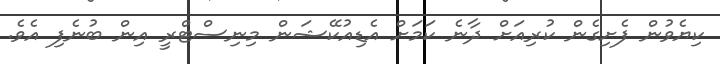
ކިޔެވުން ފެށިގެން ކުރިއަށް ދާނެ ކަމަށް އެޑިއުކޭޝަން މިނިސްޓްރީ އިން ބުނެފި އެވެ.